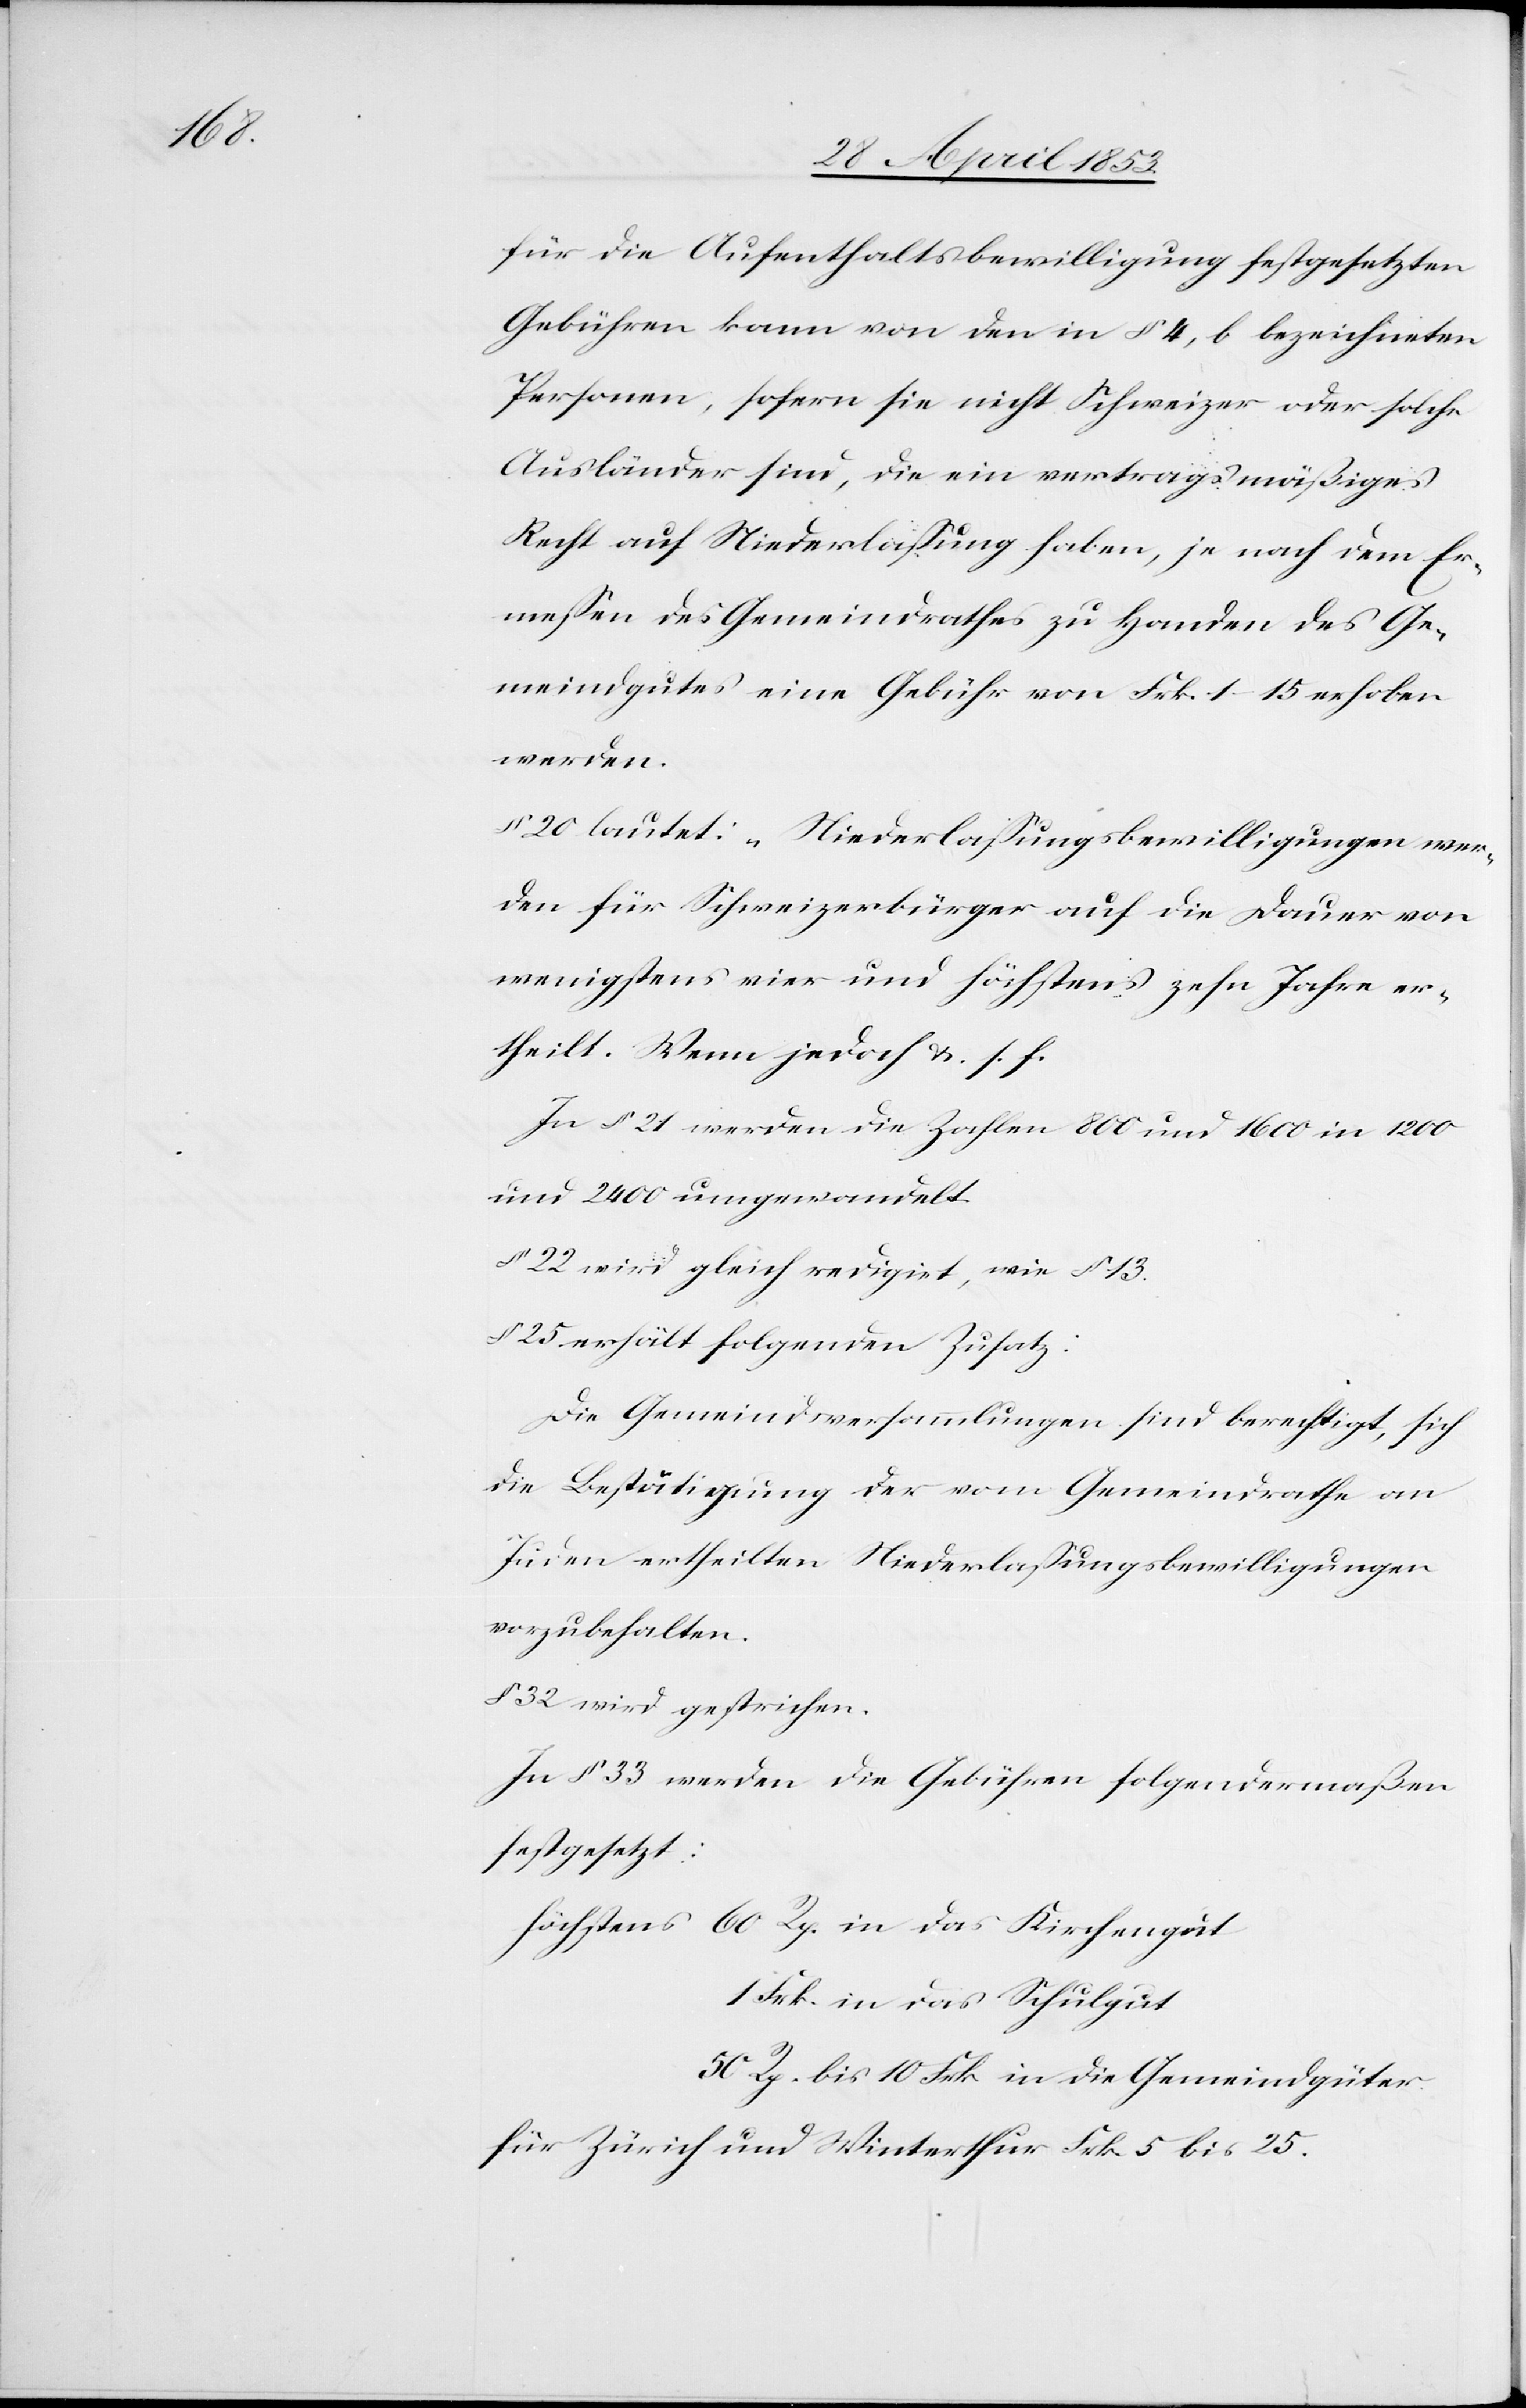
für die Aufenthaltsbewilligung festgesetzten
Gebühren kann von den in § 4, b bezeichneten
Personen, sofern sie nicht Schweizer oder solche
Ausländer sind, die ein vetragsmäßiges
Recht auf Niederlaßung haben, je nach dem Er¬
meßen des Gemeindrathes zu Handen des Ge¬
meindgutes eine Gebühr von Frk. 1–15 erhoben
werden.
§ 20 lautet: „Niederlaßungsbewilligungen wer¬
den für Schweizerbürger auf die Dauer von
wenigstens vier und höchstens zehn Jahre er¬
theilt. Wenn jedoch u. s. f.
In § 21 werden die Zahlen 800 und 1600 in 1200
und 2400 umgewandelt.
§ 22 wird gleich redigirt, wie § 13.
§ 25 erhält folgenden Zusatz:
Die Gemeindsversammlungen sind berechtigt, sich
die Bestätigung der vom Gemeindrathe an
Juden ertheilten Niederlaßungsbewilligungen
vorzubehalten.
In § 33 werden die Gebühren folgendermaßen
festgesetzt.
Höchstens 60 Rp. in das Kirchengut
1. Frk. in das Schulgut.
50 Rp. bis 10 Frk. in die Gemeindgüter.
für Zürich und Winterthur Frk. 5 bis 25.